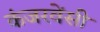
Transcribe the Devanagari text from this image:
कंजरवेंसी